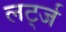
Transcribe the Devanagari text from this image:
लर्ट्ज